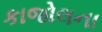
કાજોલના